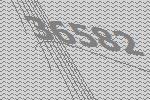
36582